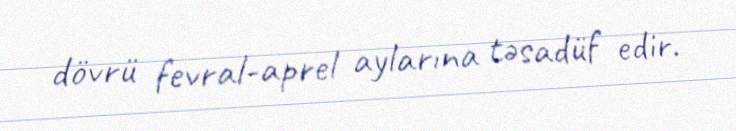
dövrü fevral-aprel aylarına təsadüf edir.